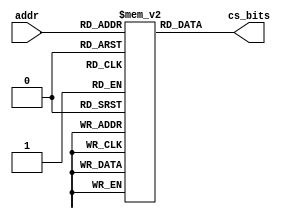
//////////////////////////////////////////////////////////////////////////////////
//
// Modules: ControlStore
// Description: Simple ROM that holds control store bits. Synchronous reads.
//
//////////////////////////////////////////////////////////////////////////////////

`ifndef CONTROL_STORE_V
`define CONTROL_STORE_V

module ControlStore(
    input [5:0] addr,
    output [22:0] cs_bits
);

    reg [22:0] ROM [0:63];

    assign cs_bits = ROM[addr];

    initial begin
        ROM[0]  <= 23'b00001011000010010000000;
        ROM[1]  <= 23'b00001011000010010000000;
        ROM[2]  <= 23'b00001011000010010000000;
        ROM[3]  <= 23'b00001011000010010000000;
        ROM[4]  <= 23'b11000000000100000001111;
        ROM[5]  <= 23'b10000000100100000001111;
        ROM[6]  <= 23'b11000000000100000001111;
        ROM[7]  <= 23'b10000000100100000001111;
        ROM[8]  <= 23'b10010101000000001000111;
        ROM[9]  <= 23'b10010101000000001000111;
        ROM[10] <= 23'b10010101000000001000111;
        ROM[11] <= 23'b10010101000000001000111;
        ROM[12] <= 23'b11010101011100001100000;
        ROM[13] <= 23'b11010101011100001100000;
        ROM[14] <= 23'b11010101011100001100000;
        ROM[15] <= 23'b11010101011100001100000;
        ROM[16] <= 23'b10110001000001010001010;
        ROM[17] <= 23'b10110001000001010001010;
        ROM[18] <= 23'b00101111000001010001010;
        ROM[19] <= 23'b00101111000001010001010;
        ROM[20] <= 23'b11000000001100000001111;
        ROM[21] <= 23'b10000000101100000001111;
        ROM[22] <= 23'b11000000001100000001111;
        ROM[23] <= 23'b10000000101100000001111;
        ROM[24] <= 23'b10010111000000001010111;
        ROM[25] <= 23'b10010111000000001010111;
        ROM[26] <= 23'b10010111000000001010111;
        ROM[27] <= 23'b10010111000000001010111;
        ROM[28] <= 23'b11010111011100001110000;
        ROM[29] <= 23'b11010111011100001110000;
        ROM[30] <= 23'b11010111011100001110000;
        ROM[31] <= 23'b11010111011100001110000;
        ROM[32] <= 23'b00000000000000000000000;
        ROM[33] <= 23'b00000000000000000000000;
        ROM[34] <= 23'b00000000000000000000000;
        ROM[35] <= 23'b00000000000000000000000;
        ROM[36] <= 23'b11000000010100000001111;
        ROM[37] <= 23'b10000000110100000001111;
        ROM[38] <= 23'b11000000010100000001111;
        ROM[39] <= 23'b10000000110100000001111;
        ROM[40] <= 23'b00000000000000000000000;
        ROM[41] <= 23'b00000000000000000000000;
        ROM[42] <= 23'b00000000000000000000000;
        ROM[43] <= 23'b00000000000000000000000;
        ROM[44] <= 23'b00000000000000000000000;
        ROM[45] <= 23'b00000000000000000000000;
        ROM[46] <= 23'b00000000000000000000000;
        ROM[47] <= 23'b00000000000000000000000;
        ROM[48] <= 23'b10010001000001010000000;
        ROM[49] <= 23'b10010001000001010000000;
        ROM[50] <= 23'b10010001000001010000000;
        ROM[51] <= 23'b10010001000001010000000;
        ROM[52] <= 23'b10000000000000000001111;
        ROM[53] <= 23'b10000000000000000001111;
        ROM[54] <= 23'b10000000000000000001111;
        ROM[55] <= 23'b10000000000000000001111;
        ROM[56] <= 23'b00001011000000000000010;
        ROM[57] <= 23'b00001011000000000000010;
        ROM[58] <= 23'b00001011000000000000010;
        ROM[59] <= 23'b00001011000000000000010;
        ROM[60] <= 23'b00100000000000111011010;
        ROM[61] <= 23'b00100000000000111011010;
        ROM[62] <= 23'b00100000000000111011010;
        ROM[63] <= 23'b00100000000000111011010;
    end

endmodule

`endif // CONTROL_STORE_V